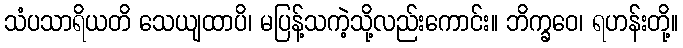
သံပသာရိယတိ သေယျထာပိ၊ မပြန့်သကဲ့သို့လည်းကောင်း။ ဘိက္ခဝေ၊ ရဟန်းတို့။